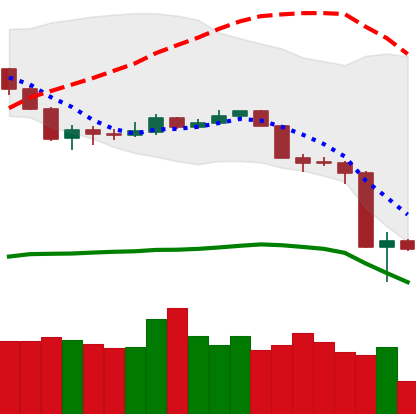
Ticker: NEO-USD
Chart end date: 2020-03-14
Forward return: 12.683%
Label: up_7plus